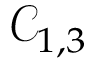
\mathcal { C } _ { 1 , 3 }